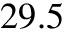
2 9 . 5